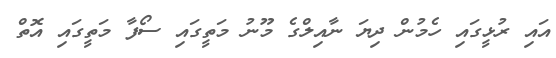
އައި ރުޅީގައި ހެމުން ދިޔަ ނާއިލްގެ މޫނު މަތީގައި ސޯފާ މަތީގައި އޮތް